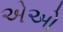
એઓ